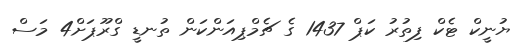
ޔުނީކް ޓެކް ފިތުރު ކަޕް 1437 ގެ ޗެމްޕިއަންކަން ތުނޑީ ގްރޫޕަށް4 މަސް